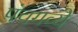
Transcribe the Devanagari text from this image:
पंचगव्ये